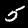
Digit: 5